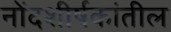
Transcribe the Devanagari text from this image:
नोंदशीर्षकांतील